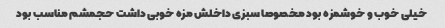
خیلی خوب و خوشمزه بود مخصوصا سبزی داخلش مزه خوبی داشت حجمشم مناسب بود